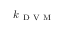
k _ { \mathrm { ~ D ~ V ~ M ~ } }